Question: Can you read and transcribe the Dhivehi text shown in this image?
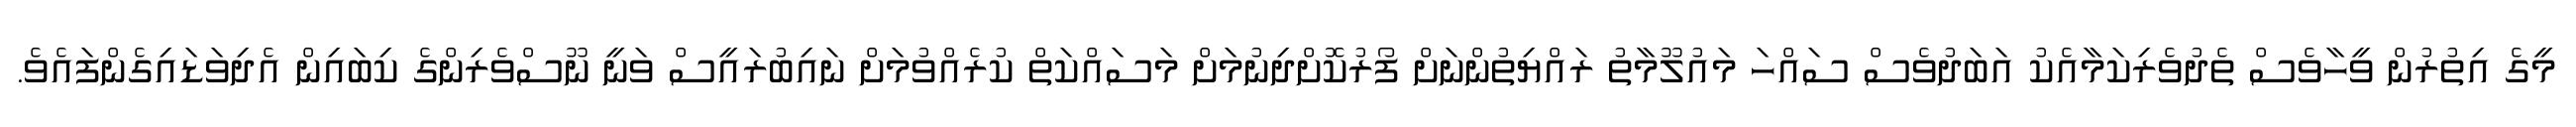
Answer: މީގެ އިތުރުން ވީހާވެސް ތެދުވެރިކަމާއެކު އަބަދުވެސް ސައްހަ މައުލޫމާތު ރައްޔިތުންނަށް ފޯރުކޮށްދިނުމަށް މަސައްކަތް ކުރެއްވުމަށް ނައިބުރައީސް ވަނީ ނޫސްވެރިންގެ ކިބައިން އެދިވަޑައިގެންފައެވެ.